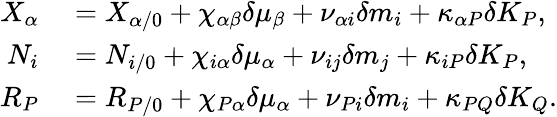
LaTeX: \begin{array}{rl}{X_{\alpha}}&{{}=X_{\alpha/0}+\chi_{\alpha\beta}\delta\mu_{\beta}+\nu_{\alpha i}\delta m_{i}+\kappa_{\alpha P}\delta K_{P},}\\ {N_{i}}&{{}=N_{i/0}+\chi_{i\alpha}\delta\mu_{\alpha}+\nu_{ij}\delta m_{j}+\kappa_{iP}\delta K_{P},}\\ {R_{P}}&{{}=R_{P/0}+\chi_{P\alpha}\delta\mu_{\alpha}+\nu_{Pi}\delta m_{i}+\kappa_{PQ}\delta K_{Q}.}\end{array}